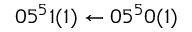
0 5 ^ { 5 } 1 ( 1 ) \leftarrow 0 5 ^ { 5 } 0 ( 1 )